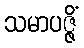
သမာပဇ္ဇိံ